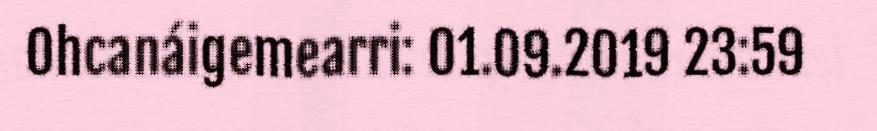
Ohcanáigemearri: 01.09.2019 23:59